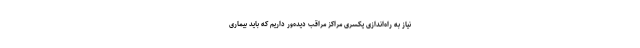
نیاز به راه‌اندازی یکسری مراکز مراقب دیده‌ور داریم که باید بیماری